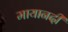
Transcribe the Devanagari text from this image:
मायानदी